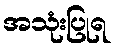
အသုံးပြုရ